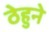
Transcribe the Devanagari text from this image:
ठेहुने